Vaccination in Bombay 1924-1928 - 1924-1928
Year: 1924
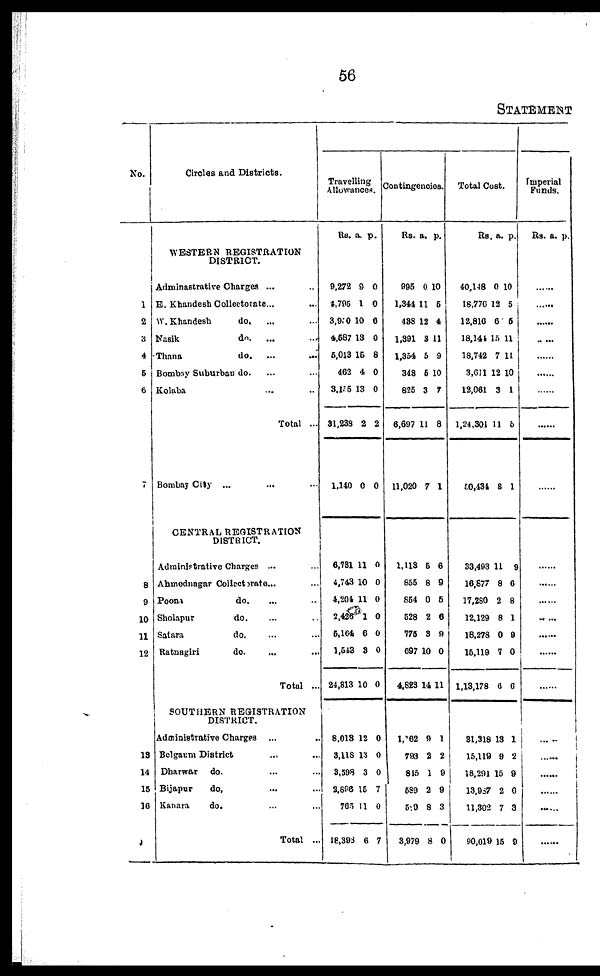
56
STATEMENT
No.
1
2
3
4
5
6
7
8
9
10
11
12
13
14
15
16
Circles and Districts.
WESTERN REGISTRATION
DISTRICT.
Adminastrative Charges ... ...
E. Khandesh Collectorate... ...
W.Khandesh
do. ... ...
Nasik
do. ... ...
Thana
do. ... ...
Bombay Suburbau do. ... ...
Kolaba ... ...
Total ...
Bombay City
... ... ...
CENTRAL REGISTRATION
DISTRICT.
Administrative Charges ... ...
Ahmednagar Collectorate... ...
Poona
do. ... ...
Sholapur
do. ... ...
Satara
do. ... ...
Ratnagiri
do. ... ...
Total ...
SOUTHERN REGISTRATION
DISTRICT.
Administrative Charges ... ...
Belgaum District ... ...
Dharwar
do. ... ...
Bijapur
do. ... ...
Kanara
do. ... ...
Total ...
Travelling
Allowances.
Rs. a. p.
9,272
4,795
3,910
4,587
5,018
462
3,155
31,238
1,140
9
1
10
13
15
4
13
2
0
0
0
6
0
8
0
0
2
0
6,781
4,743
4,204
2,426
5,164
1,543
24,813
11
10
11
1
6
3
10
0
0
0
0
0
0
0
8,013
3,118
3,598
2,806
765
18,393
12
13
3
15
11
6
0
0
0
7
0
7
Contingencies.
Rs. a. p.
995
1,344
488
1,391
1,354
348
825
6,697
11,020
0
11
12
3
5
5
3
11
7
10
5
4
11
9
10
7
8
1
1,113
855
854
528
775
697
4,823
5
8
0
2
3
10
14
6
9
5
6
9
0
11
1,162
793
845
589
589
3,979
9
2
1
2
8
8
1
2
9
9
3
0
Total Cost.
Rs. a. p.
40,148
18,776
12,810
18,144
18,742
3,611
12,061
1,24,301
50,434
0
12
6
15
7
12
3
11
8
10
5
5
11
11
10
1
5
1
33,493
16,877
17,280
12,129
18,278
15,119
1,13,178
11
8
2
8
0
7
6
9
6
8
1
9
0
6
31,318
15,119
18,291
13,987
11,302
90,019
13
9
15
2
7
15
1
2
9
6
3
9
Imperial
Funds.
Rs. a. p.
......
......
......
......
......
......
......
......
......
......
......
......
......
......
......
......
......
......
......
......
......
......